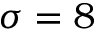
\sigma = 8